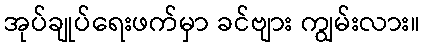
အုပ်ချုပ်ရေးဖက်မှာ ခင်ဗျား ကျွမ်းလား။